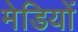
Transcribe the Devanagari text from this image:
मेडियों